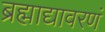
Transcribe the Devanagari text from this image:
ब्रह्माद्यावरणं